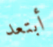
أبتعد